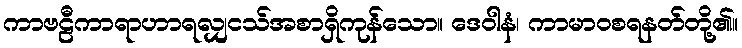
ကာဗဠီကာရာဟာရလျှငသ်အစာရှိကုန်သော။ ဒေဝါနံ၊ ကာမာဝစရနတ်တို့၏။